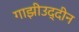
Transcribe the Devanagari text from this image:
गाझीउद्दीन